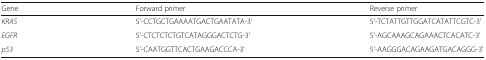
<table><thead><tr><td><b>Gene</b></td><td><b>Forward primer</b></td><td><b>Reverse primer</b></td></tr></thead><tbody><tr><td><i>KRAS</i></td><td>5&#x27;-CCTGCTGAAAATGACTGAATATA-3&#x27;</td><td>5&#x27;-TCTATTGTTGGATCATATTCGTC-3&#x27;</td></tr><tr><td><i>EGFR</i></td><td>5&#x27;-CTCTCTCTGTCATAGGGACTCTG-3&#x27;</td><td>5&#x27;-AGCAAAGCAGAAACTCACATC-3&#x27;</td></tr><tr><td><i>p53</i></td><td>5&#x27;-CAATGGTTCACTGAAGACCCA-3&#x27;</td><td>5&#x27;-AAGGGACAGAAGATGACAGGG-3&#x27;</td></tr></tbody></table>